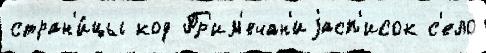
стран'и́цы код Пр'им'ечан'иjасп'исок с'ело